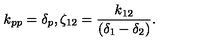
k _ { p p } = \delta _ { p } , \zeta _ { 1 2 } = \frac { k _ { 1 2 } } { ( \delta _ { 1 } - \delta _ { 2 } ) } .